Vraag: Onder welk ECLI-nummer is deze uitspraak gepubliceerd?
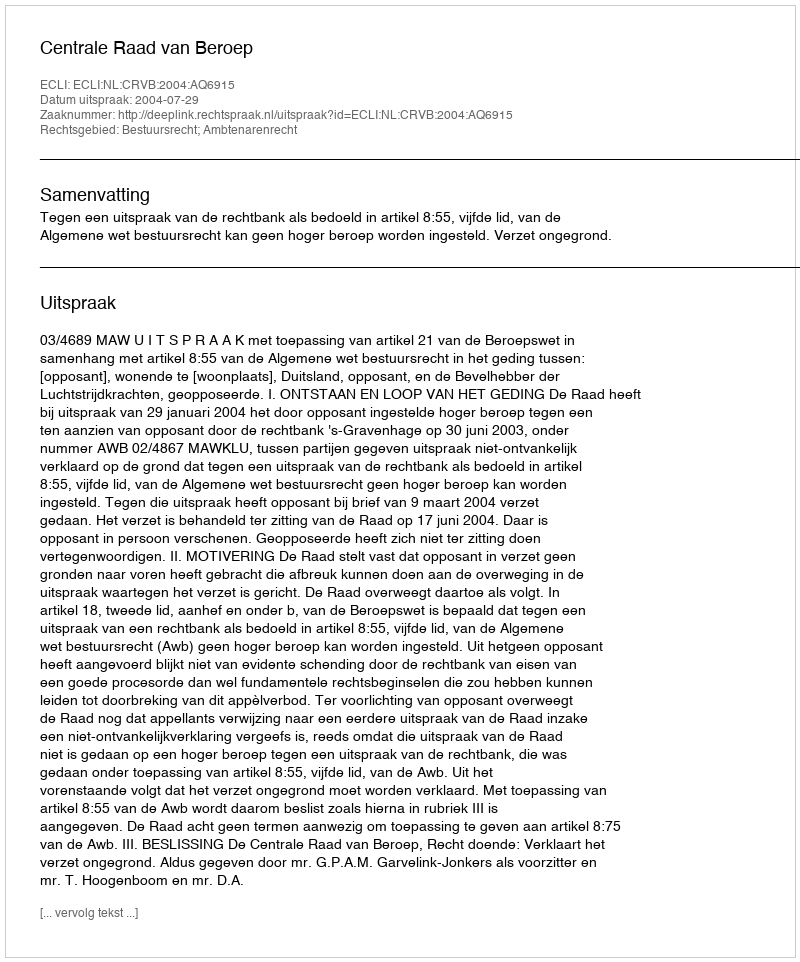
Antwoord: ECLI:NL:CRVB:2004:AQ6915